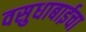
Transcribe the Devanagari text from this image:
वसुधाबाईचा